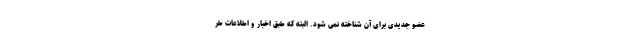
عضو جدیدی برای آن شناخته نمی شود. البته که طبق اخبار و اطلاعات طر